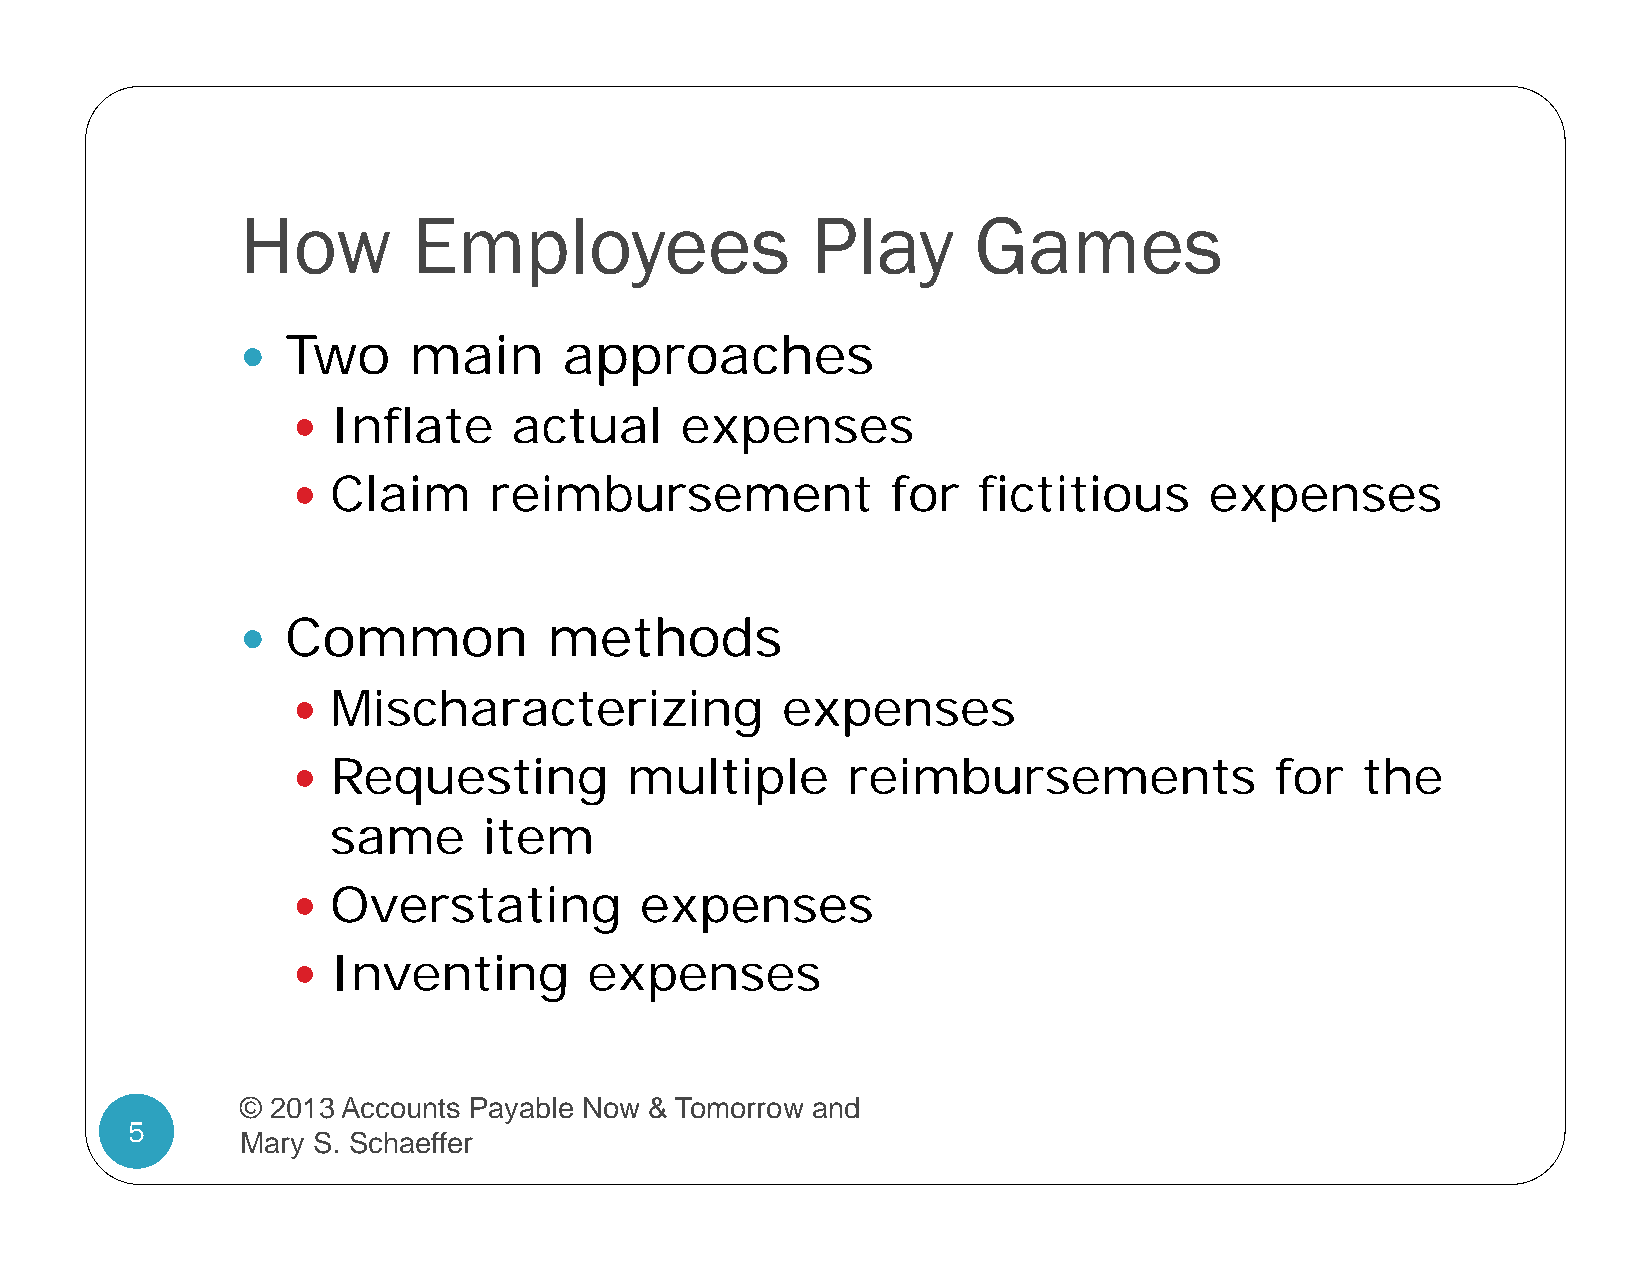
How        Employees                  Play      Games
 Two     main      approaches
 
   Inflate     actual     expenses
   Claim     reimbursement              for   fictitious     expenses
 Common           methods
 
   Mischaracterizing             expenses
   Requesting         multiple       reimbursements              for   the
 same      item
   Overstating         expenses
   Inventing        expenses
 © 2013 Accounts Payable Now & Tomorrow and
 5
 Mary S. Schaeffer